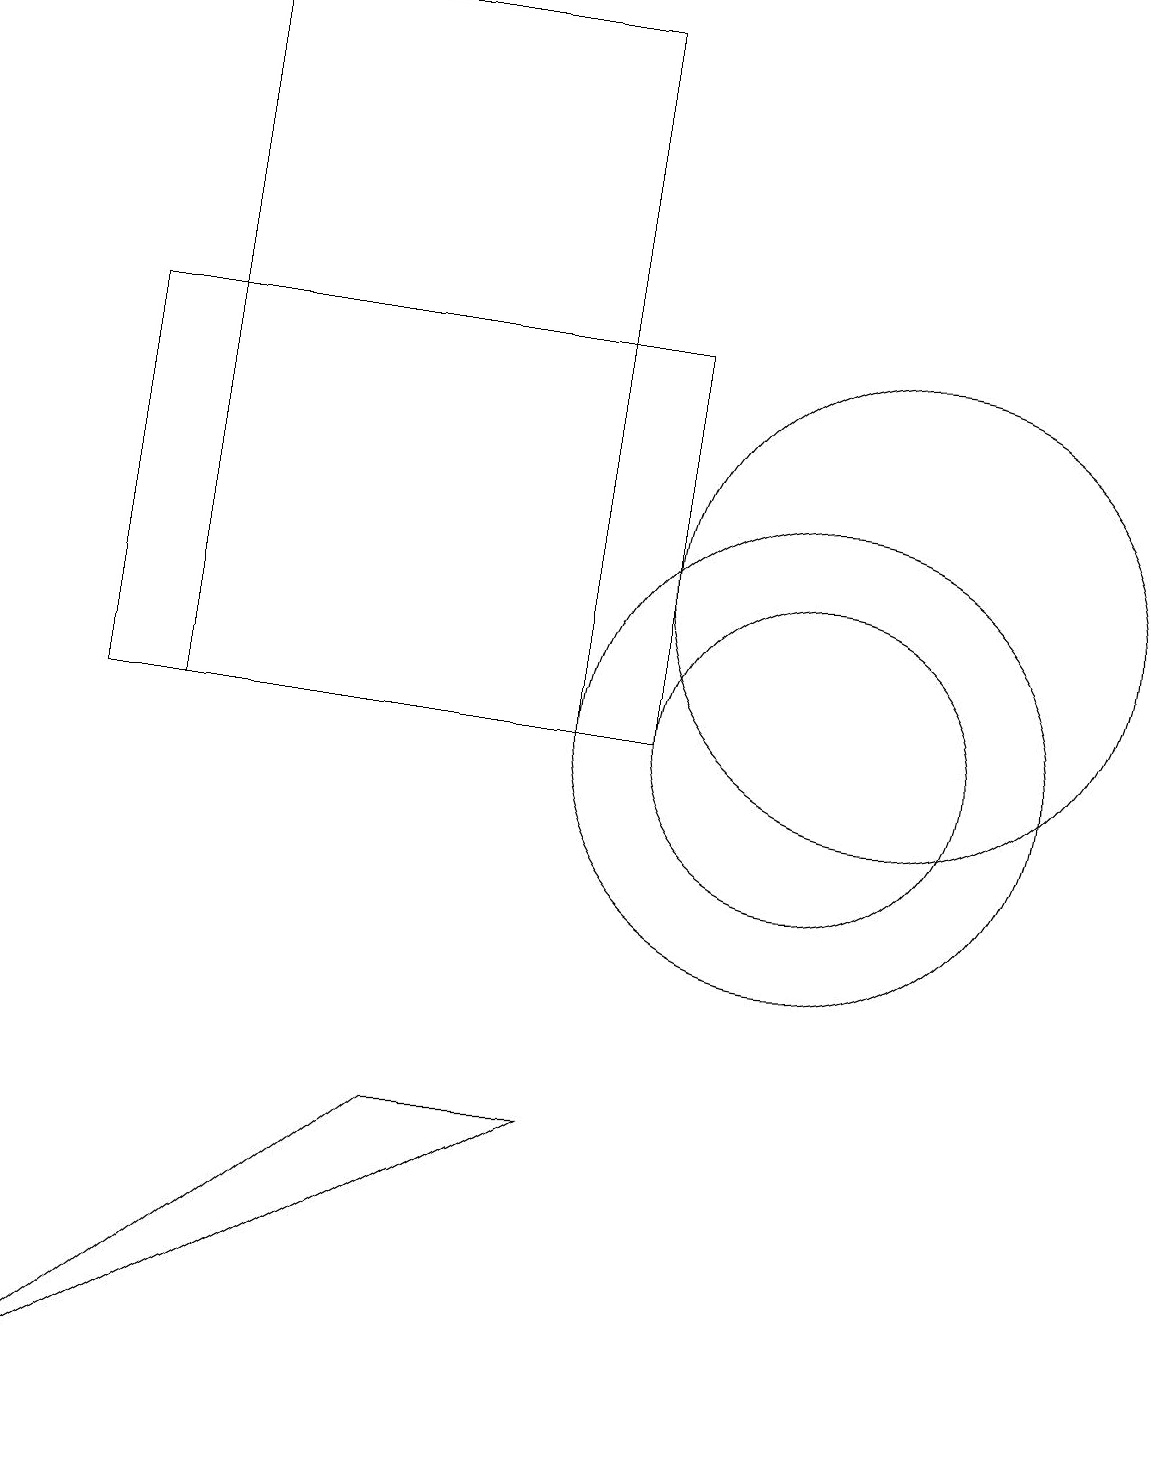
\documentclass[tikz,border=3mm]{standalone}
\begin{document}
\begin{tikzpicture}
\draw (10,10) circle (3);
\draw (7,19) rectangle (2,10);
\draw (11,12) circle (3);
\draw (10,10) circle (2);
\draw (8,10) rectangle (1,15);
\draw (7,5) -- (5,5) -- (0,1) -- cycle;
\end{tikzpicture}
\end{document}